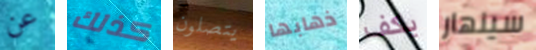
عن كذلك يتصلون ذهابها يكف سينهار